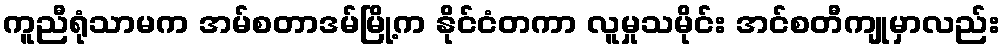
ကူညီရုံသာမက အမ်စတာဒမ်မြို့က နိုင်ငံတကာ လူမှုသမိုင်း အင်စတီကျုမှာလည်း